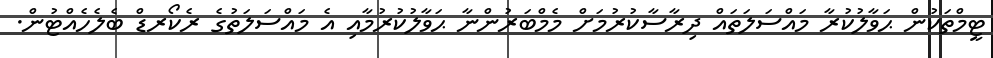
ޓީމްތަކުން ޙަވާލުކުރާ މައްސަލަތައް ދިރާސާކުރުމަށް މެމްބަރުންނާ ޙަވާލުކުރުމާއި އެ މައްސަލަތުގެ ރެކޯރޑް ބެލެހެއްޓުން.